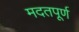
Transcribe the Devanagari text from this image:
मदतपूर्ण